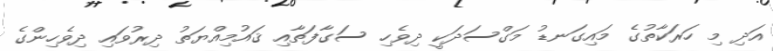
އަދި މި ހަރަކާތުގެ މައިގަނޑު މަގްސަދަކީ ދިވެހި ސަގާފަތާއި ޤައުމިއްޔަތު ދިރުވައި ދިވެހިންގެ